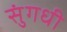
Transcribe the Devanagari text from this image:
सुंगधी